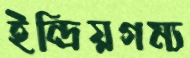
ইন্দ্রিয়গম্য